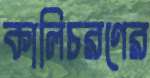
কালিচরণের